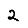
Digit: 2